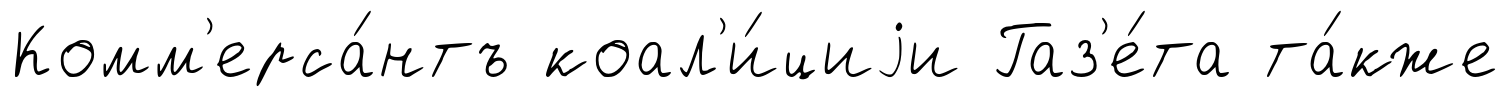
Комм'ерса́нтъ коал'и́циjи Газ'е́та та́кже